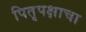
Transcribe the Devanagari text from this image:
पितृपक्षाचा